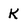
Character: K